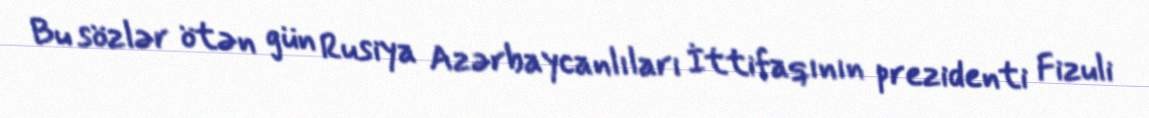
Bu sözlər ötən gün Rusiya Azərbaycanlıları İttifaqının prezidenti Fizuli